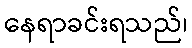
နေရာခင်းရသည်၊